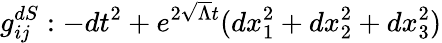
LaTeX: g_{ij}^{dS}:-dt^{2}+e^{2\sqrt{\Lambda}t}(dx_{1}^{2}+dx_{2}^{2}+dx_{3}^{2})